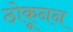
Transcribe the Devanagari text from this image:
ठोकूनन